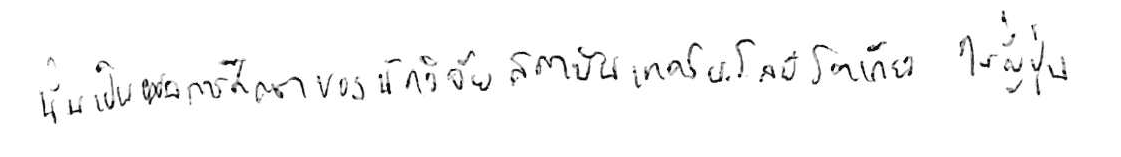
นั่นเป็นผลการศึกษาของนักวิจัยสถาบันเทคโนโลยีโตเกียว ในญี่ปุ่น